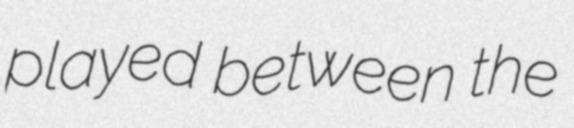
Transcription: played between the